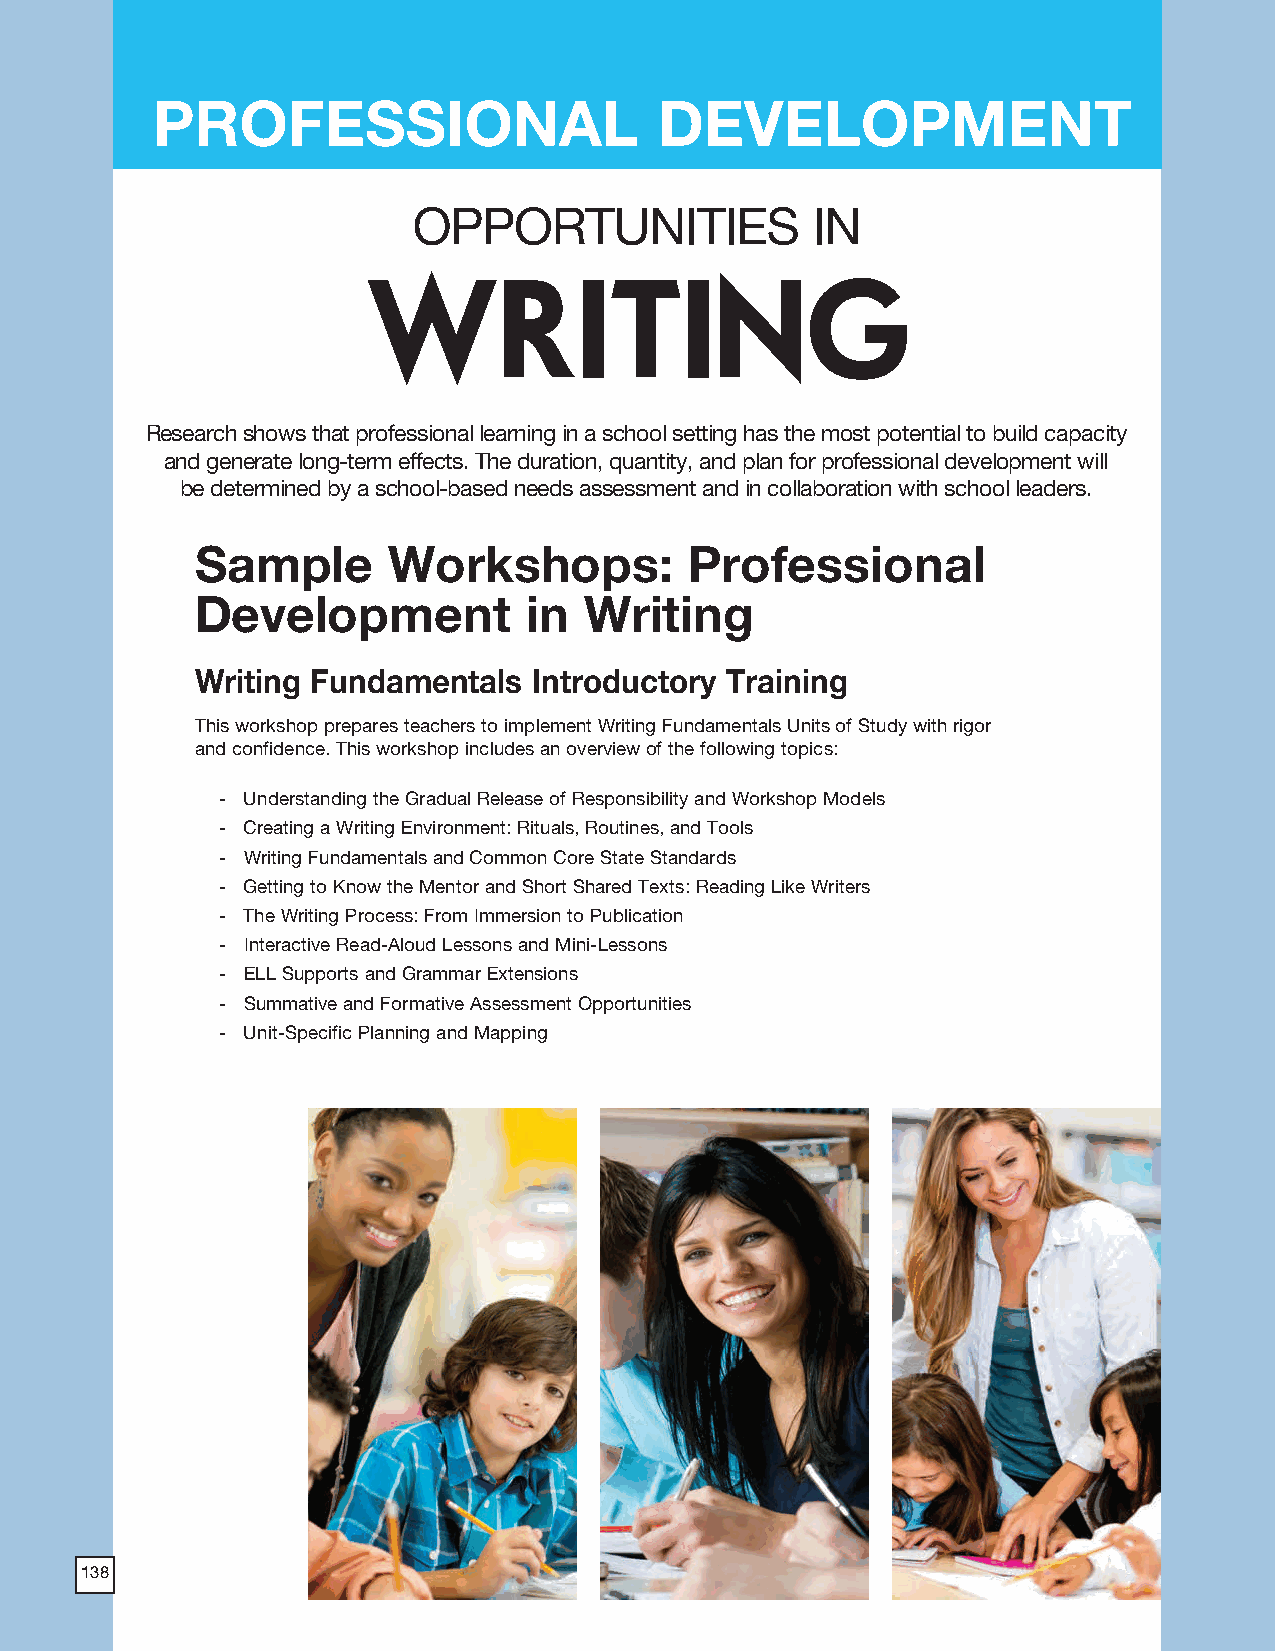
2018 ProdSamp_Layout 1 7/28/17 12:14 PM Page 284
 PROFESSIONAL                      DEVELOPMENT
 OPPORTUNITIES              IN
 WRITING
 Research shows that professional learning in a school setting has the most potential to build capacity
 and generate long-term effects. The duration, quantity, and plan for professional development will
 be determined by a school-based needs assessment and in collaboration with school leaders.
 Sample       Workshops:          Professional
 Development           in  Writing
 Writing Fundamentals  Introductory Training
 This workshop prepares teachers to implement Writing Fundamentals Units of Study with rigor
 and confidence. This workshop includes an overview of the following topics:
 - Understanding the Gradual Release of Responsibility and Workshop Models
 - Creating a Writing Environment: Rituals, Routines, and Tools
 - Writing Fundamentals and Common Core State Standards
 - Getting to Know the Mentor and Short Shared Texts: Reading Like Writers
 - The Writing Process: From Immersion to Publication
 - Interactive Read-Aloud Lessons and Mini-Lessons
 - ELL Supports and Grammar Extensions
 - Summative and Formative Assessment Opportunities
 - Unit-Specific Planning and Mapping
 138